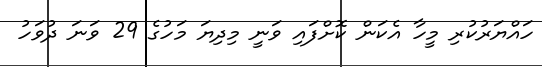
ހައްޔަރުކުރި މީހާ އެކަން ކޮށްފައި ވަނީ މިދިޔަ މަހުގެ 29 ވަނަ ދުވަހު